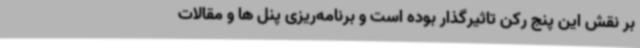
بر نقش این پنج رکن تاثیرگذار بوده است و برنامه‌ریزی پنل ها و مقالات